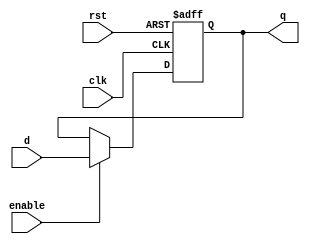
`timescale 1ns / 1ps
//////////////////////////////////////////////////////////////////////////////////
// Company: 
// Engineer: 
// 
// Design Name: 
// Module Name: flopenr
// Project Name: 
// Target Devices: 
// Tool Versions: 
// Description: 
// 
// Dependencies: 
// 
// Revision:
// Revision 0.01 - File Created
// Additional Comments:
// 
//////////////////////////////////////////////////////////////////////////////////


module flopenr
#(
    parameter WIDTH = 32
)
(
    input wire clk,rst,enable,
    input wire[WIDTH-1:0] d,
    output reg[WIDTH-1:0] q
);

    always@(posedge clk,posedge rst) begin
        if(rst) 
            q <= 0;
        else if(enable)
            q <= d;
    end
endmodule